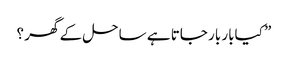
” کیابار بار جاتا ہے ساحل کے گھر ؟